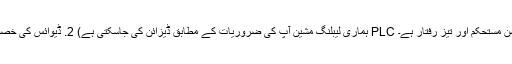
(PS ہماری لیبلنگ مشین آپ کی ضروریات کے مطابق ڈیزائن کی جاسکتی ہے) 2. ڈیوائس کی خصوصیات: پختہ ٹیکنالوجی PLC کنٹرول سسٹم کو اپنائیں ، آپریشن مستحکم اور تیز رفتار ہے۔